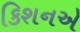
કિશનએ